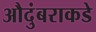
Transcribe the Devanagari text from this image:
औदुंबराकडे